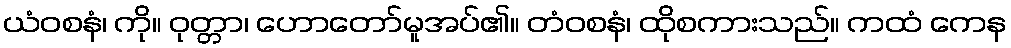
ယံဝစနံ၊ ကို။ ဝုတ္တာ၊ ဟောတော်မူအပ်၏။ တံဝစနံ၊ ထိုစကားသည်။ ကထံ ကေန